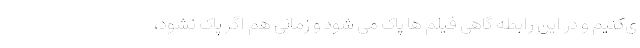
ی‌کنیم و در این رابطه گاهی فیلم ها پاک می شود و زمانی هم اگر پاک نشود،